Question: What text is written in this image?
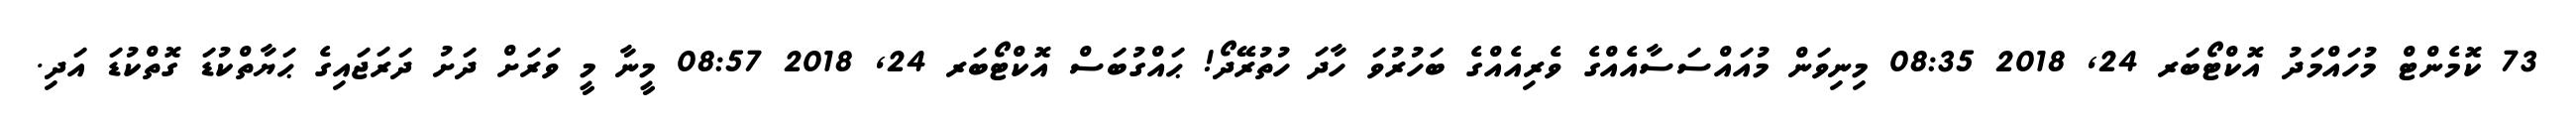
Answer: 73 ކޮމެންޓް މުހައްމަދު އޮކްޓޯބަރ 24, 2018 08:35 މިނިވަން މުއައްސަސާއެއްގެ ވެރިއެއްގެ ބަހުރުވަ ހާދަ ހުތުރޭދޯ! ޙައްގުބަސް އޮކްޓޯބަރ 24, 2018 08:57 މީނާ މީ ވަރަށް ދަށު ދަރަޖައިގެ ޙަޔާތްކުޑަ ގޮތްކުޑަ އަދި.